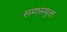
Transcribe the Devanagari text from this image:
समासयुक्त